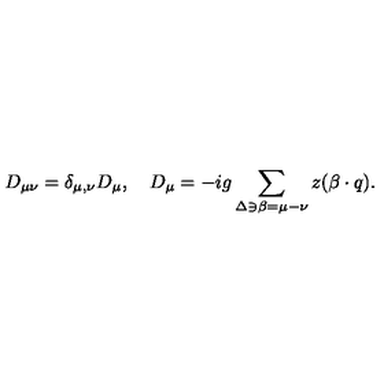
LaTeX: D _ { \mu \nu } = \delta _ { \mu , \nu } D _ { \mu } , \quad D _ { \mu } = - i g \sum _ { \Delta \ni \beta = \mu - \nu } z ( \beta \cdot q ) .